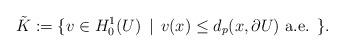
LaTeX: \begin{align*}\tilde{K}:=\{v\in H_{0}^{1}(U)\,\mid\, v(x)\leq d_{p}(x,\partial U)\textrm{ a.e. }\}.\end{align*}